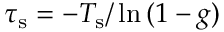
\tau _ { \mathrm { s } } = - T _ { \mathrm { s } } / \ln { ( 1 - g ) }